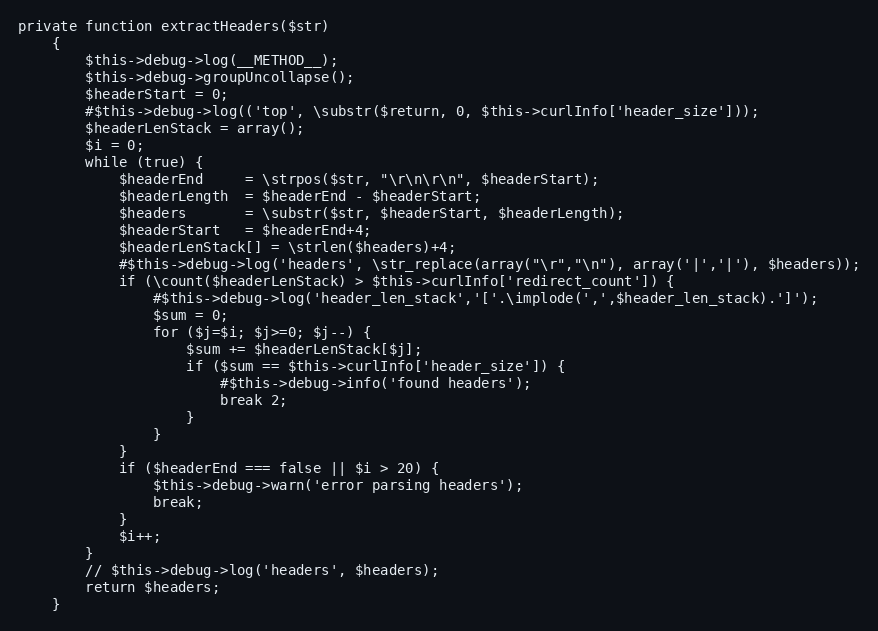
Language: PHP
private function extractHeaders($str)
    {
        $this->debug->log(__METHOD__);
        $this->debug->groupUncollapse();
        $headerStart = 0;
        #$this->debug->log(('top', \substr($return, 0, $this->curlInfo['header_size']));
        $headerLenStack = array();
        $i = 0;
        while (true) {
            $headerEnd     = \strpos($str, "\r\n\r\n", $headerStart);
            $headerLength  = $headerEnd - $headerStart;
            $headers       = \substr($str, $headerStart, $headerLength);
            $headerStart   = $headerEnd+4;
            $headerLenStack[] = \strlen($headers)+4;
            #$this->debug->log('headers', \str_replace(array("\r","\n"), array('|','|'), $headers));
            if (\count($headerLenStack) > $this->curlInfo['redirect_count']) {
                #$this->debug->log('header_len_stack','['.\implode(',',$header_len_stack).']');
                $sum = 0;
                for ($j=$i; $j>=0; $j--) {
                    $sum += $headerLenStack[$j];
                    if ($sum == $this->curlInfo['header_size']) {
                        #$this->debug->info('found headers');
                        break 2;
                    }
                }
            }
            if ($headerEnd === false || $i > 20) {
                $this->debug->warn('error parsing headers');
                break;
            }
            $i++;
        }
        // $this->debug->log('headers', $headers);
        return $headers;
    }